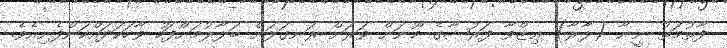
ފާތުމަތު ނީނާ (ލާރާ) ޢިޒްވާ ފަރުޝާގެ މޫނަށް ވަރަށް ރަނގަޅަށް ބަލާލުމަށްފަހު ވާހަކަދައްކަންފެށިއެވެ.